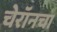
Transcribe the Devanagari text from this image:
चेरॉनचा